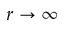
r \to \infty